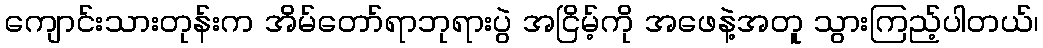
ကျောင်းသားတုန်းက အိမ်တော်ရာဘုရားပွဲ အငြိမ့်ကို အဖေနဲ့အတူ သွားကြည့်ပါတယ်၊